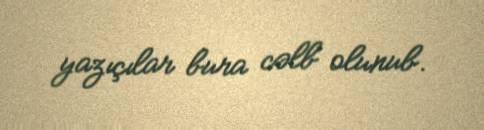
yazıçılar bura cəlb olunub.